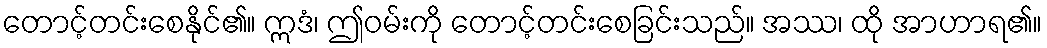
တောင့်တင်းစေနိုင်၏။ ဣဒံ၊ ဤဝမ်းကို တောင့်တင်းစေခြင်းသည်။ အဿ၊ ထို အာဟာရ၏။